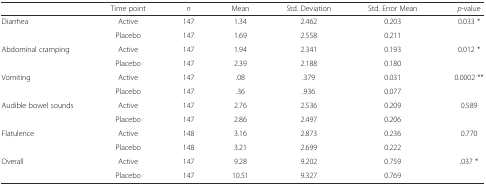
|  | Time point | n | Mean | Std. Deviation | Std. Error Mean | p-value |
 | --- | --- | --- | --- | --- | --- | --- |
 | <ROWSPAN=2> Diarrhea | Active | 147 | 1.34 | 2.462 | 0.203 | <ROWSPAN=2> 0.033 * |
 | Placebo | 147 | 1.69 | 2.558 | 0.211 |
 | <ROWSPAN=2> Abdominal cramping | Active | 147 | 1.94 | 2.341 | 0.193 | <ROWSPAN=2> 0.012 * |
 | Placebo | 147 | 2.39 | 2.188 | 0.180 |
 | <ROWSPAN=2> Vomiting | Active | 147 | .08 | .379 | 0.031 | <ROWSPAN=2> 0.0002 ** |
 | Placebo | 147 | .36 | .936 | 0.077 |
 | <ROWSPAN=2> Audible bowel sounds | Active | 147 | 2.76 | 2.536 | 0.209 | <ROWSPAN=2> 0.589 |
 | Placebo | 147 | 2.86 | 2.497 | 0.206 |
 | <ROWSPAN=2> Flatulence | Active | 148 | 3.16 | 2.873 | 0.236 | <ROWSPAN=2> 0.770 |
 | Placebo | 148 | 3.21 | 2.699 | 0.222 |
 | <ROWSPAN=2> Overall | Active | 147 | 9.28 | 9.202 | 0.759 | <ROWSPAN=2> .037 * |
 | Placebo | 147 | 10.51 | 9.327 | 0.769 |